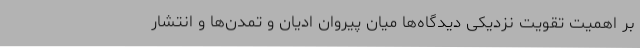
بر اهمیت تقویت نزدیکی دیدگاه‌ها میان پیروان ادیان و تمدن‌ها و انتشار